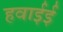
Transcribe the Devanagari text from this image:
हवाईई